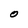
Character: O